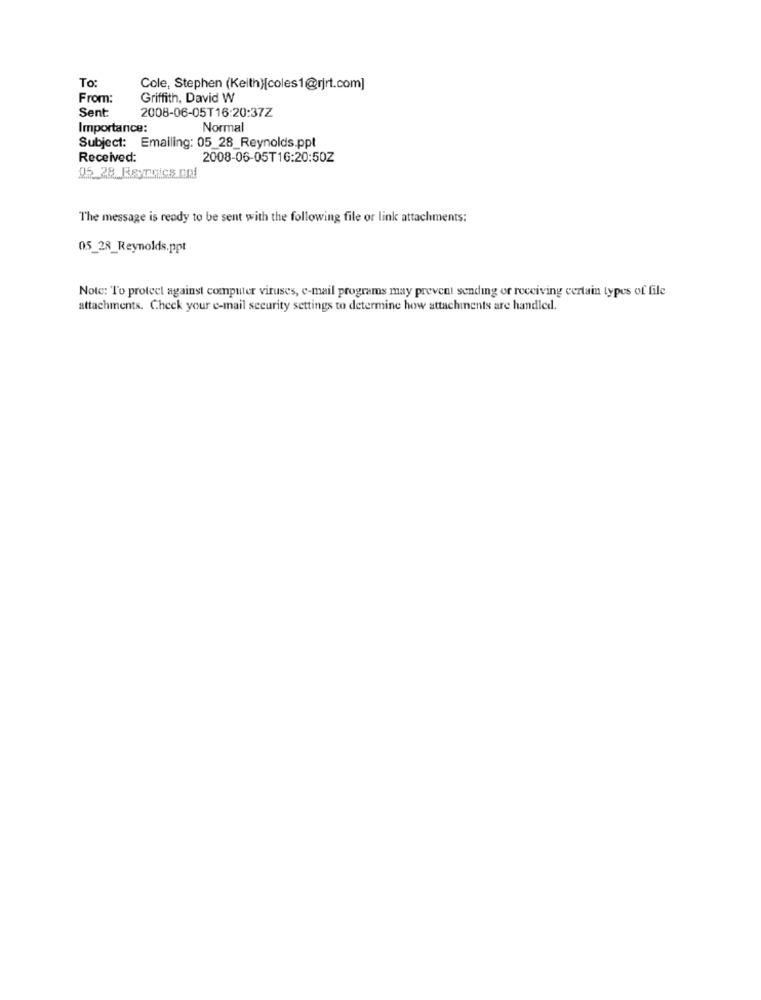
To:
Cole, Stephen (Keith)[coles1@rjrt.com]
From:
Griffith, David W
Sent
2008-06-05T16:20:37Z
Importance:
Normal
Subject: Emailing: 05_28_Reynolds.ppt
Received:
2008-06-05T16:20:50Z
05 28 Rernics on
The message is ready to be sent with the following file or link attachments:
05_28_Reynolds.ppt
Note: To protect against computer viruses, e-mail programs may prevent sending or receiving certain types of file
attachments. Check your e-mail security settings to determine how attachments are handled.